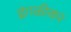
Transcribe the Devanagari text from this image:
इंगळीकर